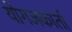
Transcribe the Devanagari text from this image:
योगजकार्ता